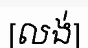
[លង់]